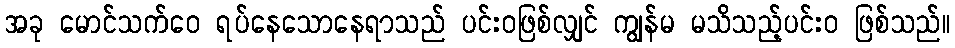
အခု မောင်သက်ဝေ ရပ်နေသောနေရာသည် ပင်းဝဖြစ်လျှင် ကျွန်မ မသိသည့်ပင်းဝ ဖြစ်သည်။